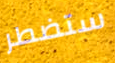
ستضطر